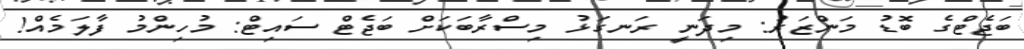
ބަޖެޓްގެ ބޮޑު މަންޒަރު: މިދަނީ ރަނގަޅު މިސްރާބަކަށް ބަޖެޓް ސައިޓް: މުހިންމު ފާލަމެއް!